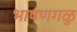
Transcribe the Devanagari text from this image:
भाषणगळु